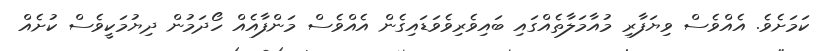
ކަމަށެވެ. އެއްވެސް ވިޔަފާރި މުއާމަލާތެއްގައި ބައިވެރިވެވަޑައިގެން އެއްވެސް މަންފާއެއް ހޯދަމުން ދިޔުމަކީވެސް ކުށެއް